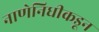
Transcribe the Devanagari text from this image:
नाणेनिधीकडून